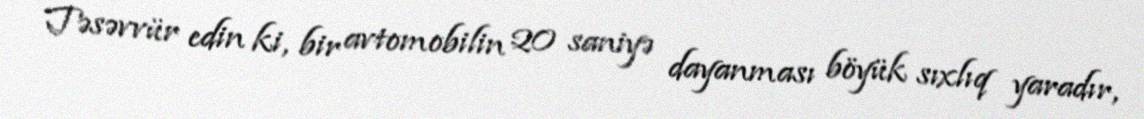
Təsəvvür edin ki, bir avtomobilin 20 saniyə dayanması böyük sıxlıq yaradır,